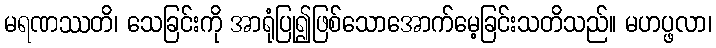
မရဏဿတိ၊ သေခြင်းကို အာရုံပြု၍ဖြစ်သောအောက်မေ့ခြင်းသတိသည်။ မဟပ္ဖလာ၊